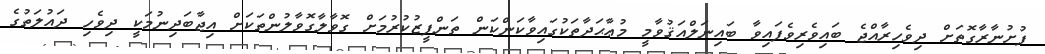
ފުށުނާރާގޮތަށް ދިވެހިރާއްޖެ ބައިވެރިވެފައިވާ ބައިނަލްއަޤުވާމީ މުޢާޙަދާތަކުގައިވާކަންކަން ތަންފީޒުކުރުމަށް ގޮވާލާގޮވާލުންތަކަށް އިޖާބަދިނުމަކީ ދިވެހި ދައުލަތުގެ